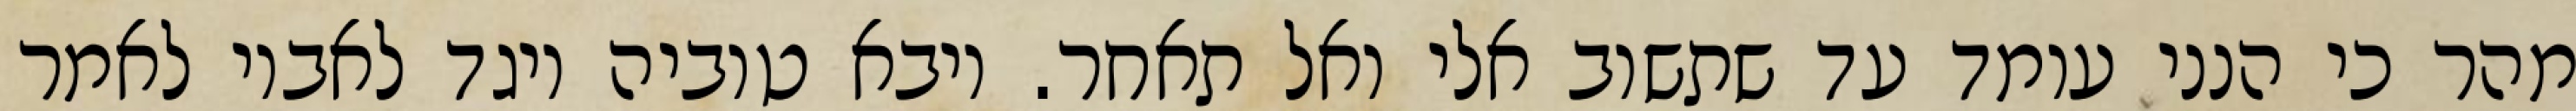
מהר כי הנני עומד עד שתשוב אלי ואל תאחר. ויבא טוביה ויגד לאביו לאמר